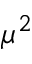
\mu ^ { 2 }